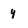
Character: y